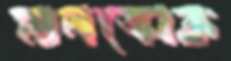
মালক্রোক